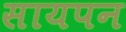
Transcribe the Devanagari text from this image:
सायपन